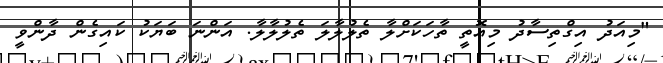
"މިއަދު އިގްތިސާދު މިއޮތީ ތާހަކަށްލާ ތެލުލާލަ ތެލުލާލާ. އަންނަ ބަޔަކު ކައިގެން ދާންވީ